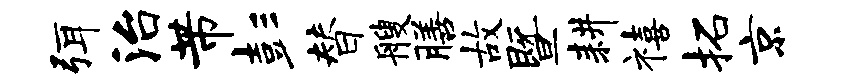
弭治芾彭替艘膳故暨耕禧拓京